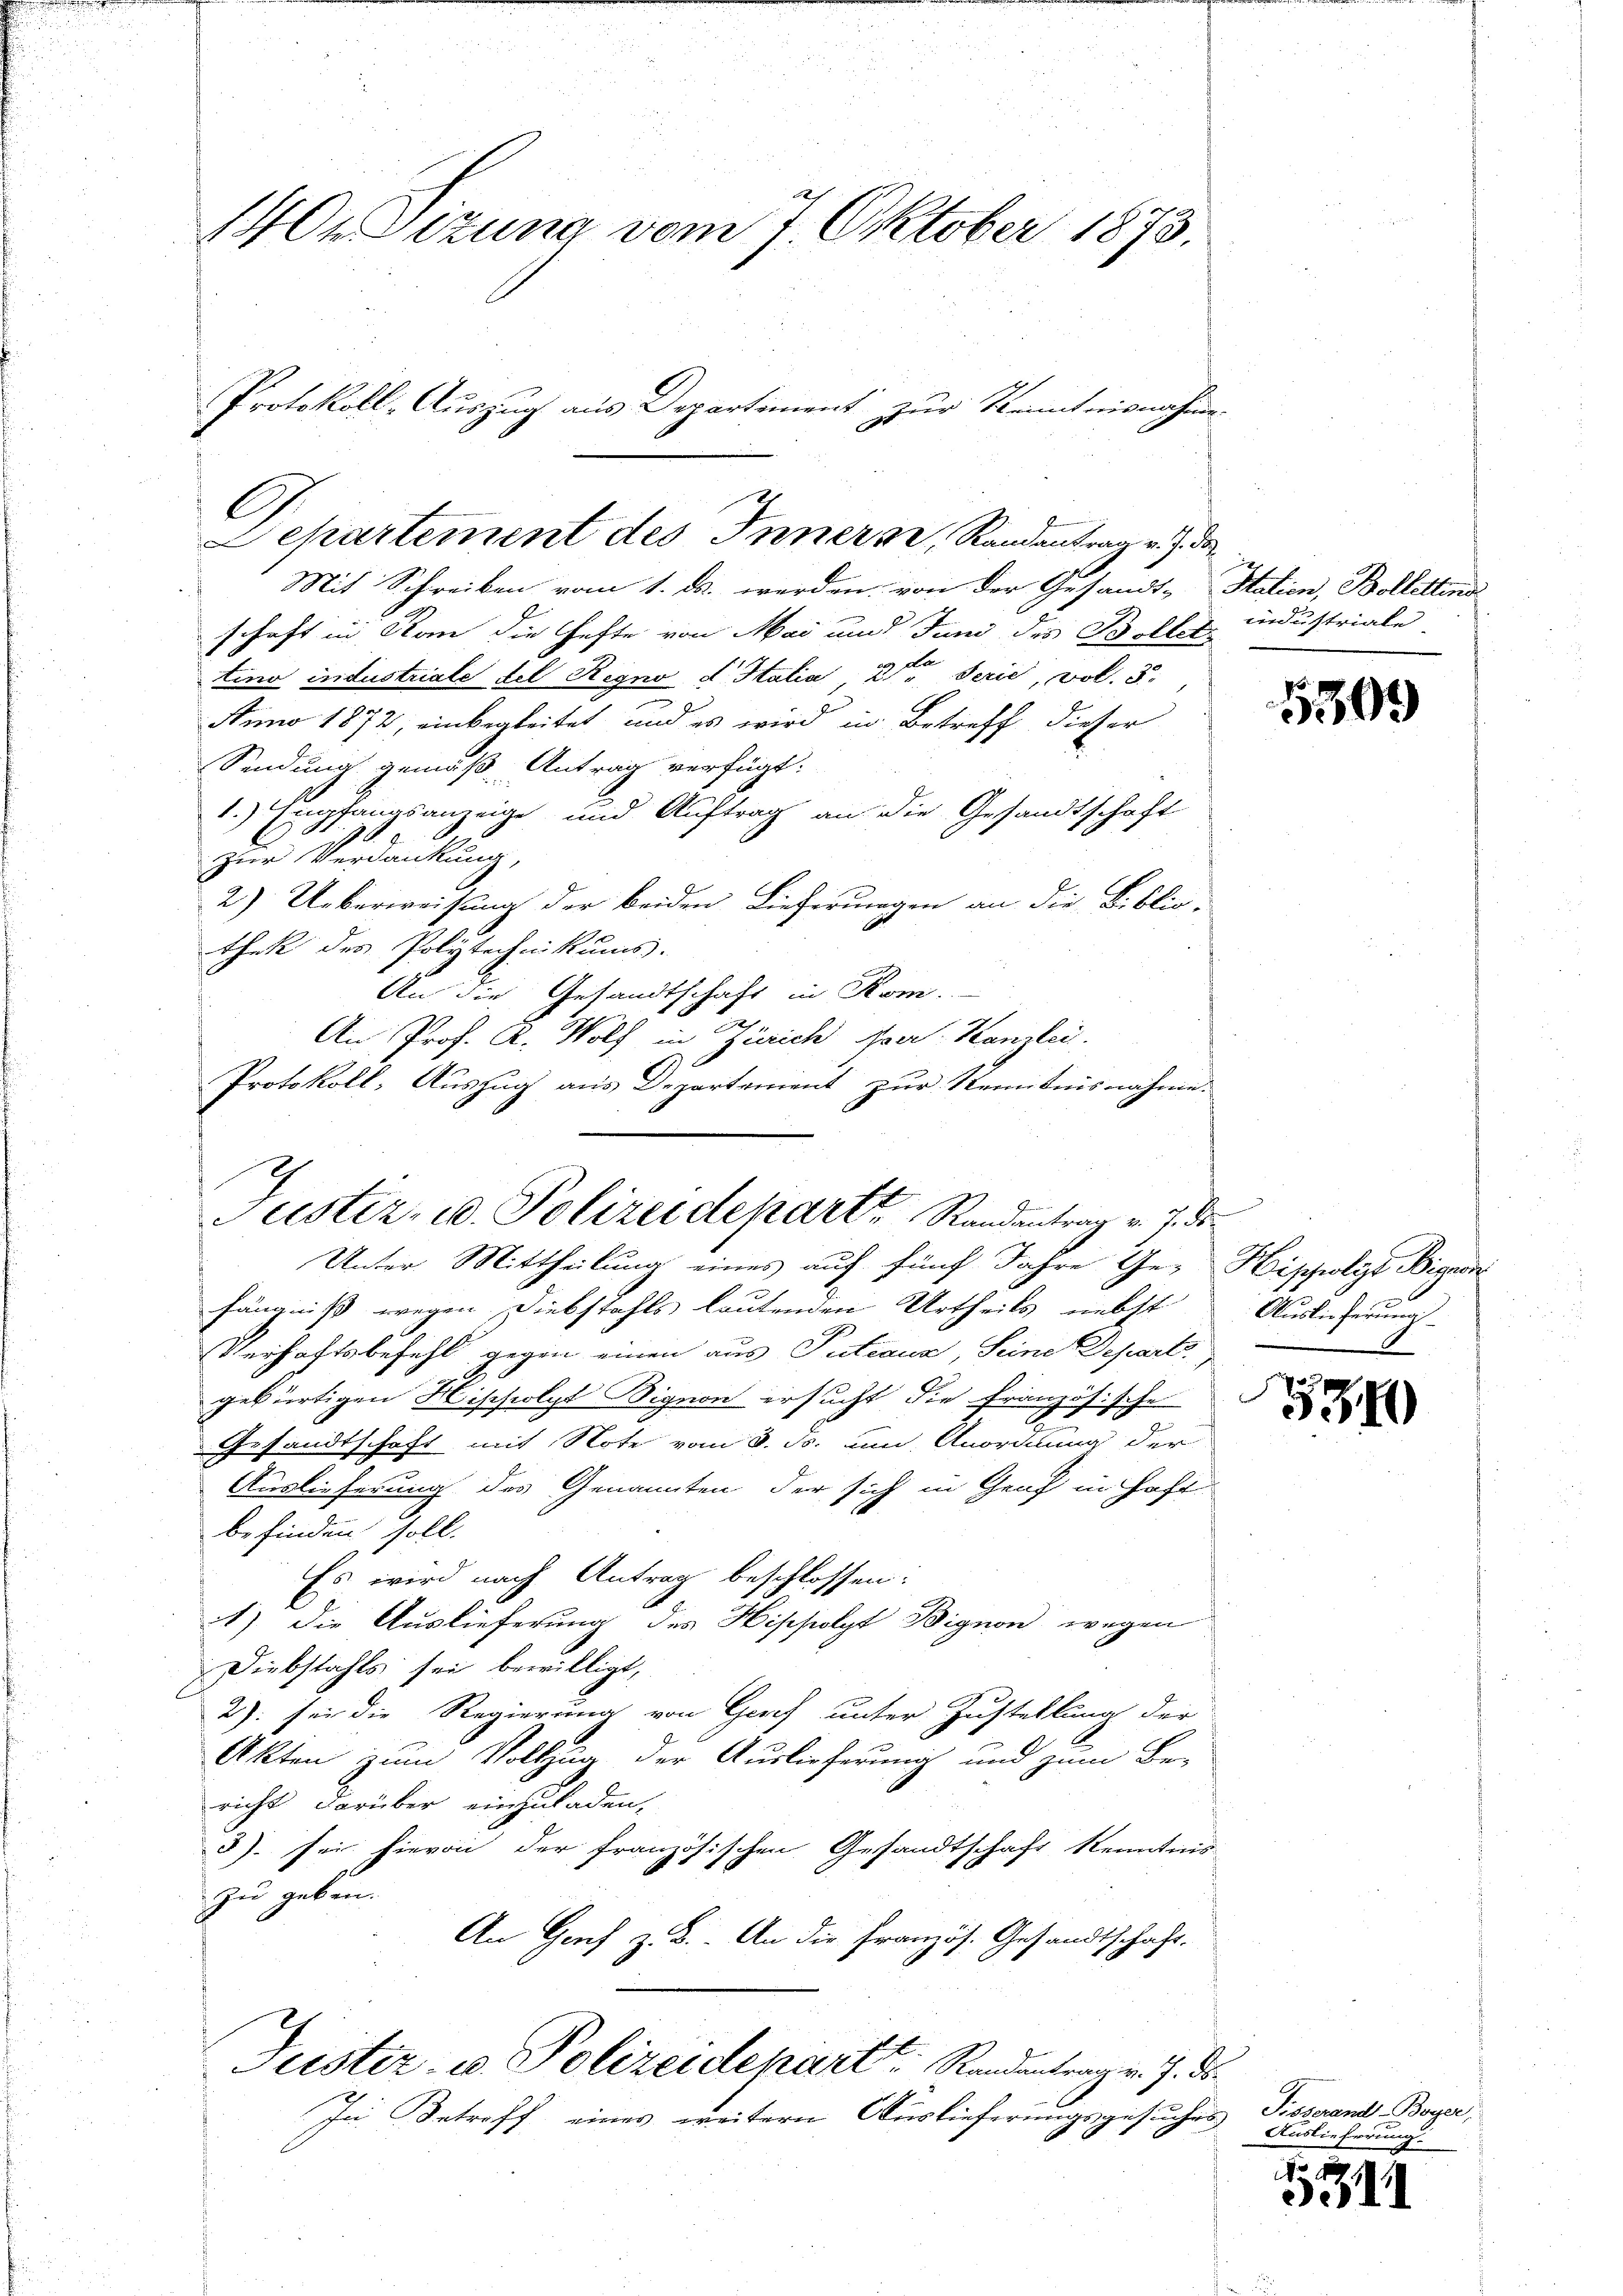
1404 Sizung vom 7. Oktober 1873.
Protokoll-Auszug aus Departiment zur Kenntnisnahme

Mit Schreiben vom 1. ds. werden, von der Gesandt-Italien, Bollettins
schaft in Kan die Hefte von Mai und Juni des Bollet
tino industriale del Regno d Italia, 2te Serie, vol. 3.
Anno 1872, einbegleitet, und es wird in Betreff dieser
Sendung gemäß Antrag verfügt:
1.) Empfangsanzeige und Auftrag an die Gesandtschaft
zur Verdankung,
2.) Ueberweisung der beiden Lieferungen an die Biblio-
thek des Polytechnikums.
An die Gesandtschaft in Kom
.
An Prof. R. Wolf in Zürich Aper. Kanzlei.
Protokoll, Auszug aus Departement zur Kenntnisnahme.

C
Departement des Innern, Randantrag v. J. de

Justiz- u. Polizeidepart, Randantrag v. 7. ds.

Unter Mittheilung eines auf fünf Jahre Ge- Hisely Bign
fängniß wegen Diebstahls lautenden Urtheils nebst
Verhaftsbefehl gegen einen aus Putiaux, Seine Depart.,
gebürtigen Hischolze Bignon ersucht die Französische
d
Gesandtschaft mit Note vom 3. ds. um Anordnung der
Auslieferung des Genannten der sich in Genf in Hohe
befinden soll.
Es wird nach Antrag beschlossen:
A) die Auslieferung des Hippolyt Bignon wegen
Diebstahls sei bewilligt,
2) sei die Regierung von Genf unter Zustellung der
Akten zum Vollzug der Auslieferung und zum Be-
richt darüber einzuladen,
5). sei hievon der französischen Gesandtschaft kenntnis
zu geben.
An Genf z. B. An die Französ. Gesandtschaft.
Justiz- u. Polizeidepart Randentragen 7. ds.
In Betreff eines weitern Auslieferungsgesuches

industriale

5303

Auslieferung

534

Tisserand-Boyer,
Auslieferung.

1